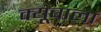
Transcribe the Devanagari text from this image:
क्यूबाला